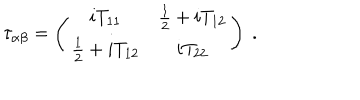
\tau _ { \alpha \beta } = \left( \begin{array} { c c } { { i T _ { 1 1 } } } & { { \frac { 1 } { 2 } + i T _ { 1 2 } } } \\ { { \frac { 1 } { 2 } + i T _ { 1 2 } } } & { { i T _ { 2 2 } } } \\ \end{array} \right) ~ .